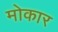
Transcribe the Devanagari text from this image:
मोकार